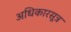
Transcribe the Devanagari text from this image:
अधिकारसूत्र